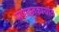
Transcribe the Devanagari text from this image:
संपादनकार्यात